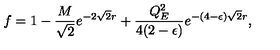
f = 1 - { \frac { M } { \sqrt 2 } } e ^ { - 2 \sqrt 2 r } + { \frac { Q _ { E } ^ { 2 } } { 4 ( 2 - \epsilon ) } } e ^ { - ( 4 - \epsilon ) \sqrt 2 r } ,